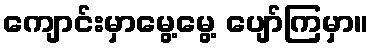
ကျောင်းမှာမွေ့မွေ့ ပျော်ကြမှာ။